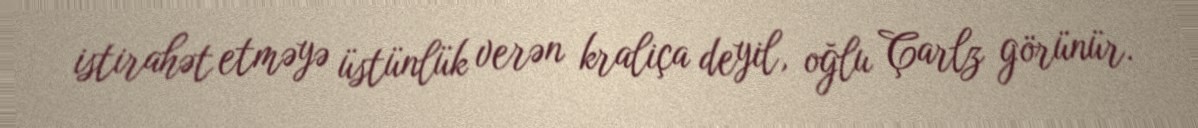
istirahət etməyə üstünlük verən kraliça deyil, oğlu Çarlz görünür.